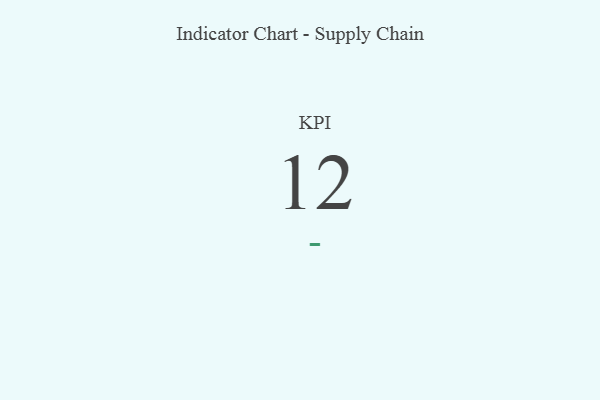
{"axis": {"x": "KPI", "y": "Value"}, "legend": [""], "data": [{"x": "KPI", "y": 12, "type": ""}]}